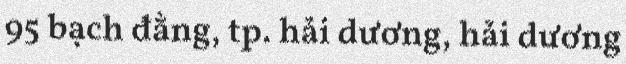
95 bạch đằng, tp. hải dương, hải dương